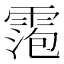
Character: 𬰀